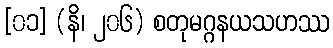
[၀၁] (နိ၊ ၂၀၆) စတုမဂ္ဂနယသဟဿ